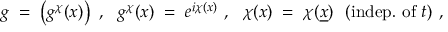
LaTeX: g \; = \; \left( g ^ { \chi } ( x ) \right) ~ , ~ ~ g ^ { \chi } ( x ) \; = \; e ^ { i \chi ( x ) } ~ , ~ ~ \chi ( x ) \; = \; \chi ( \underline { { { x } } } ) ~ ~ ( \mathrm { i n d e p . ~ o f ~ } t ) ~ ,